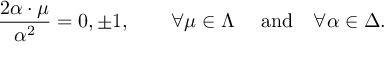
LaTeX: { \frac { 2 \alpha \cdot \mu } { \alpha ^ { 2 } } } = 0 , \pm 1 , \quad \quad \forall \mu \in \Lambda \quad \ \mathrm { a n d } \quad \forall \alpha \in \Delta .